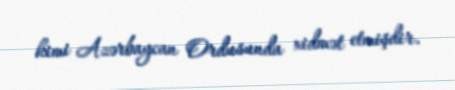
kimi Azərbaycan Ordusunda xidmət etmişdir.